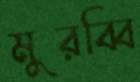
মুরব্বি